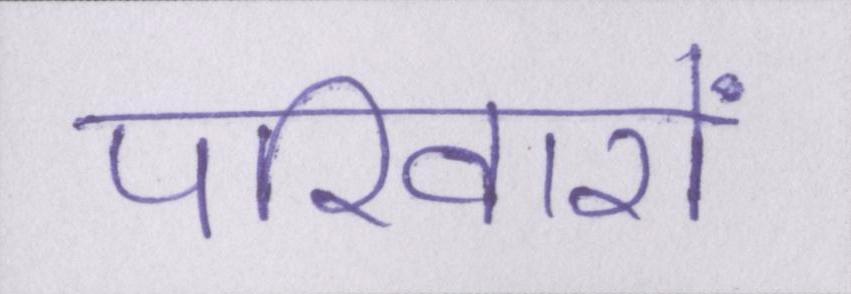
परिवारों